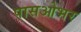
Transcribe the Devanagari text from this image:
पासओभर